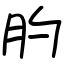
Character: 肑